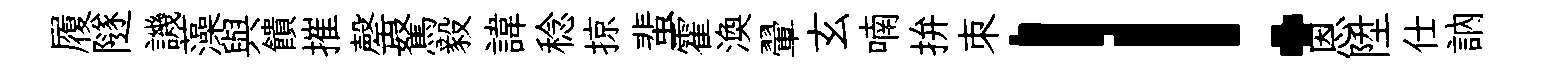
履隧譏藻與饋摧罄駑毅諱稔掠蜚霍渙翬玄喃拚朿！恩陞仕訥